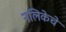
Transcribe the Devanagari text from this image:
नलिकेचे